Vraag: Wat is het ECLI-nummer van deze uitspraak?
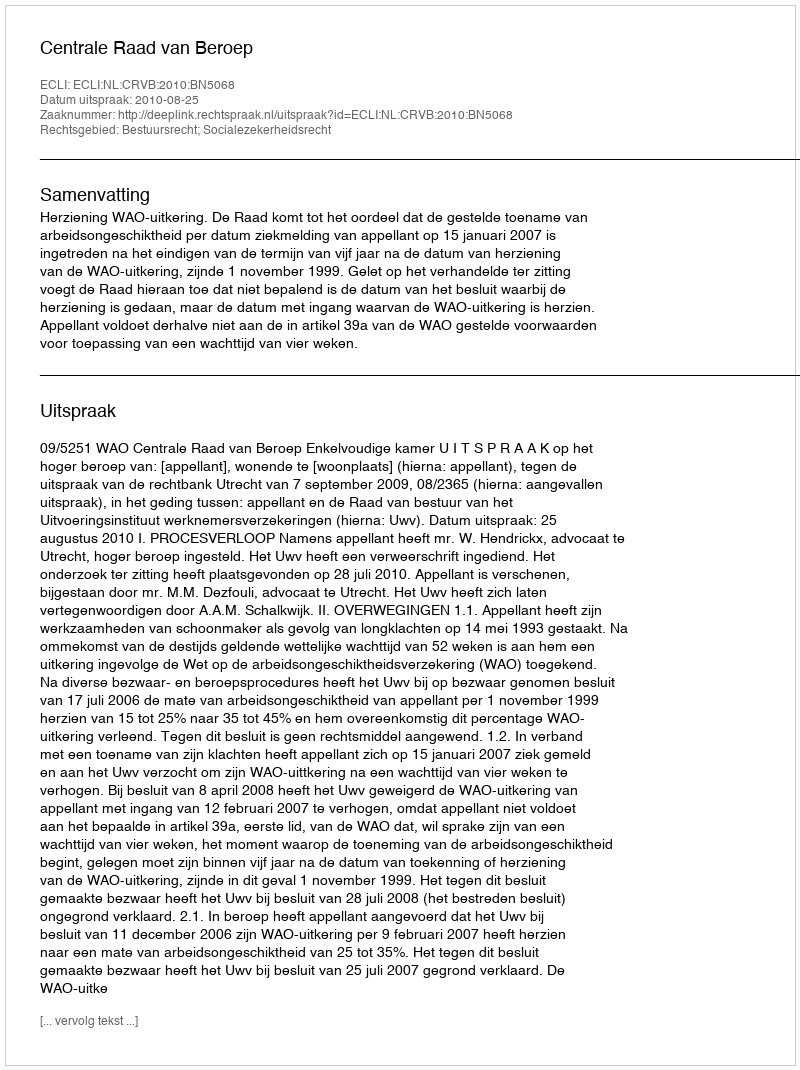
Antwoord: ECLI:NL:CRVB:2010:BN5068